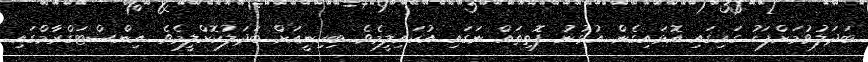
ބަދަލުވުމަށްފަހު ގައިގައި އޮޅައިގެން އުޅުނު ފޮތިތައް ނަގައި އުކައިލީމެވެ. ބިކިނީއަށް ބަދަލުކޮށްލީމެވެ. އިންސްޓަގްރާމްގައި